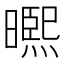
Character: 𭧾